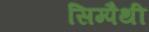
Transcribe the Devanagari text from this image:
सिम्पैथी